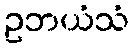
ဥဘယံသံ